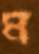
ম